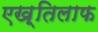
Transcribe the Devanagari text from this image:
एख़्तिलाफ